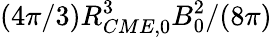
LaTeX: (4\pi/3)R_{CME,0}^{3}{B_{0}^{2}}/{(8\pi)}